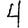
Digit: 4